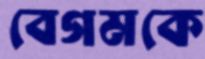
বেগমকে